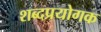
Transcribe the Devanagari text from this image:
शब्दप्रयोगक